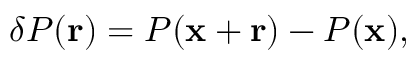
\delta P \mathbf { ( r } ) = P ( \mathbf { x } + \mathbf { r } ) - P ( \mathbf { x } ) ,